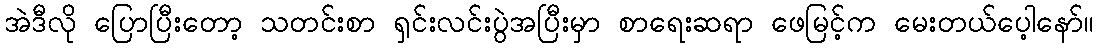
အဲဒီလို ပြောပြီးတော့ သတင်းစာ ရှင်းလင်းပွဲအပြီးမှာ စာရေးဆရာ ဖေမြင့်က မေးတယ်ပေ့ါနော်။